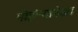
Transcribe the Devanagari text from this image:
मोहोऱ्यांपेक्षा